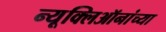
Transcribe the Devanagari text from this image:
न्यूक्लिऑनांच्या